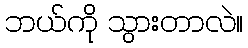
ဘယ်ကို သွားတာလဲ။